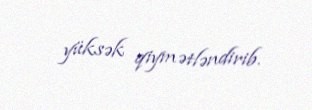
yüksək qiymətləndirib.